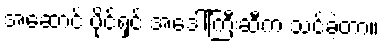
အဆောင် ပိုင်ရှင် အဒေါ်ကြီးဆီက သင်ခဲ့တာ။